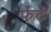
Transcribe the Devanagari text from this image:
फेंटें